Medical and sanitary report of the native army of Bengal for the year
Year: 1877
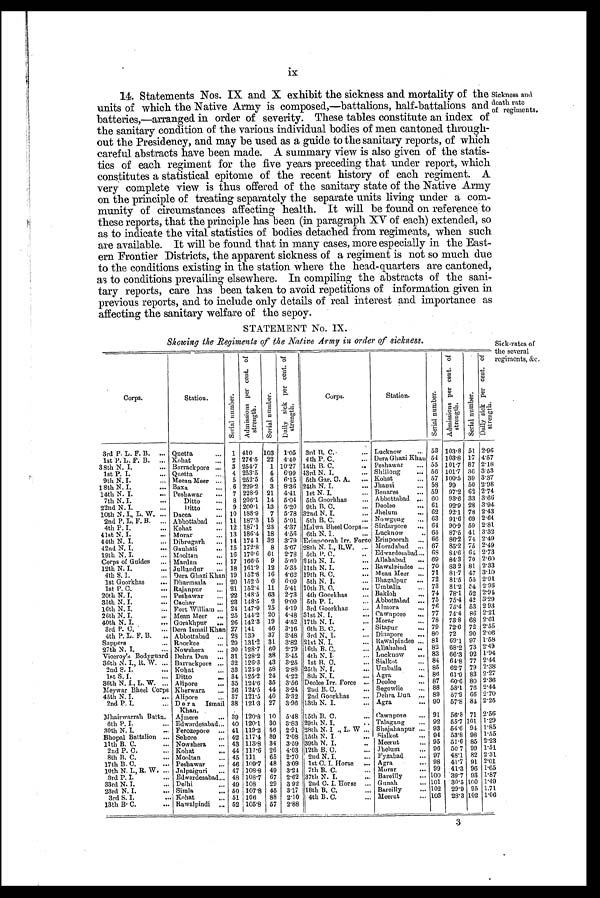
ix
14. Statements Nos. IX and X exhibit the sickness and mortality of the
units of which the Native Army is composed,—battalions, half-battalions and
batteries,—arranged in order of severity. These tables constitute an index of
the sanitary condition of the various individual bodies of men cantoned through-
out the Presidency, and may be used as a guide to the sanitary reports, of which
careful abstracts have been made. A summary view is also given of the statis
-tics of each regiment for the five years preceding that under report, which
constitutes a statistical epitome of the recent history of each regiment. A
very complete view is thus offered of the sanitary state of the Native Army
on the principle of treating separately the separate units living under a com
-munity of circumstances affecting health. It will be found on reference to
these reports, that the principle has been (in paragraph XV of each) extended, so
as to indicate the vital statistics of bodies detached from regiments, when such
are available. It will be found that in many cases, more especially in the East--
ern Frontier Districts, the apparent sickness of a regiment is not so much due
to the conditions existing in the station where the head-quarters are cantoned,
as to conditions prevailing elsewhere. In compiling the abstracts of the sani-
tary reports, care has been taken to avoid repetitions of information given in
previous reports, and to include only details of real interest and importance as
affecting the sanitary welfare of the sepoy.
sickness and
death rate
of regiments.
STATEMENT No.IX.
Showing the Regiments of the Native Army in order of sickness.
Corps.
Station.
S e r i a l n u m b e r .
A d m i s s i o n s p e r c e n t . o f s t r e n g t h .
S e r i a l n u mb e r .
D a i l y s i c k p e r c e n t o f s t r e n g t h .
Corps.
Station.
S e r i a l n u m b e r .
A d m i s s i o n s p e r c e n t o f s t r e n g t h .
S e r i a l n u m b e r .
D a i l y s i c k p e r c e n t e . o f
St r engt h.
3rd P. L. F. B.
Quetta
1 410 103 1.05 3rd B. C.
Lucknow
53 103 . 8 51 2.96
1st P. L. F. B.
Kobat
2 274.5 22 4.40 4th P. C.
Dera Ghazi Khan 54 103.8 17 4.57
38th N. I.
Barrackpore
3 254.7
1 10.27 14th B. C.
Peshawar
55 101.7 87 2.18
1st P. I.
Quetta
4 253.5 4 6.99 43rd N.T.
Shillong
56 101.7
8 0 3.53
9th N. I.
Meean Meer
5 252.5
5 6.15 5th Gar. C. A.
Kohat
57 100.5 39 3.37
18th N. I.
Baxa
6 299.2 3 8.36 24th N. I.
Jhausi
58 99
50 2.98
14th N. I.
Peshawar
7 228.9 21 4.41 1st N. I.
Benares
59 97.2 62 2.74
7th N. I.
Ditto
8 206.1 14 5.04 5th Goorkhas
Abbottabad
60 93.9 33 3.66
22nd N. I.
Ditto
9 200.1 13 5.20 9th B. C.
Deolee
61 92.9 28 3.94
10th N. I., L. W.
Dacca
10 188.9 7 5.78 32nd N. I.
Jhelum
62
92.1 78 2.43
2nd P. L. F. B.
Abbottabad
11 187.3 15 5.01 5th B.C.
No wgong
68 91.6 69 2.61
4th P. I.
Kohat
12 187.1 23 4.37 Malwa Bheel Corps
Sirdarpore
61 90.9 59 2.81
41st N. I.
Morar
13 186.1 18 4.56 8th N. I.
Lucknow
65 87.5 41 3.32
44th N. I.
Dibrugarh
14 174.1 32 3.79 Erinpoorali Irr. Force Erinpoorah
66 86.2 74 2.49
42nd N. I.
Gauhati
15 172.8 8 5.67 98th N. I., R.W,
Moradabad
67
8 6 . 2 75 2.49
19th N. I.
Mooltan
16 170.6 61. 2.78 5th P. C.
Edwardesabad
68 84.6 64 2.73
Corps of Guides
Mardan
17 166.5
9 5 . 00 34th N. I.
Allahabad
69 84. 3 70 2.60
12th N. I.
Jullundur
18 161.9 12 5.35 11th N. I.
Rawalpindee
70 83.2 81 2.33
4th S. I.
Dera Ghazi Khan 19 152.8 16
4 . 6 2 19th B. C.
Mean Meer
71 81.7 47 3.10
1st Goorkhas
Dharmsala
20 152.5
6 6.09 5th N. I.
Bhagalpur
72 81.5 55
2 . 9 1
1st P. C.
Rajanpur
21 152.4 11 5.41 10th B. C.
Umballa
73 81.2 54
2 . 9 3
20th N. I.
Peshawar
22 148.5 63 2.73 4th Goorkhas
Bakloh
74 78.1 52 2.94
35th N. I.
Cachar
23 148.5
2 9.09 5th P. I.
Abbottabad
7 5
75.4 42 3.29
16th N. I.
Fort William
24 147.9 25 4.19 3rd Goorkhas
Al mora
7 6 75.4 53 293
26th N. I.
Mean Meer
25 144.2 20 4.48 31st N. I.
Cawnporo
77 74.4 86 2.21
40th N. I
Gorakhpur
26 142.3 19 4.52 17th N. I.
Morar
78 73.8 68 2.61
3rd P.C.
Dera Ismail Khan 27 141
46 3.16 6th B.C.
Sitapur
79 72.6 72 2.55
4th P. L.F.B.
Abbottabad
28 139
37 3.48 3rd N.I.
Dinapore
80 72
90 2.06
Sappers
Roorkee
29 131.2 31 3.82 21st N. I.
Rawalpindee
81
69.1 97 1.58
27th N. I.
Nowshera
30 128.7 60 2.79 16th B.C.
Allahabad
82 68.2 73 2.49
Viceroy's Bodyguard Dehra Dun
31 128.2 38 3.45 4th N. I.
Lucknow
83 66.3 92 1.94
36th N. I.,R. W.
Barrackpore
32 126.3 43 3.25 1st B.C.
Sialkot
84 64.8 77 2.44
2nd S. I.
Kohat
33 125.9 58 2.88 25th N. I.
Umballa
85
62.7 79 2.38
1st S. I.
Ditto
34 125 .2 24 4.22 8th N. I.
Agra
86
6 1 . 9 83 2.27
36th N. I., L. W.
Alipore
35 124.6 35 3.56 Deolee Irr. Force
Deolee
87
60.6 80 2.36
Meywar Bheel Corps Kherwara
36 121.5 44 3.24 2nd B. C.
Segowlie
88 58.1 76 2.44
45th N. I.
Alipore
37 121.5 40 3. 32 2nd Goorkhas
Debra Dun
89
57.9 66 2.70
2nd P. I. D e r a Ismail
Khan.
38 121.3 27 3.96 13th N. I.
Agra
90 57.8 84
2 . 2 5
Mhairwarrah Battn. Ajmere
39 120 . 8 10 5.48
1 5 t h B . C
Cawnpore
91 56. 8 71 2.56
6th P. l.
Edwardesabad
40 120. 1 30 3 . 83 29th N. I.
Talagang
92 55.7 101 1.29
30th N. I.
Ferozepore
41 119.2 56 2 . 91 28th N. I ., L. W
Shajahanpur
93 54.6 94 1.85
Bhopal Battalion
Sehore
42 117.4 89 2 . 08 15th N. I.
Sialkot
94 53.8 98 1.55
11th B. C.
Nowshera
43 113 .8 34 3 .59 39th N. I.
Meerut
95 51.6 85 2.23
2nd P. C.
Kohat
44 111.6 26 4.03 12th B. C.
Jhelum
96 50.7 99 1.51
8th B. C.
Mooltan
45 111
65
2 . 7 0 2nd N. I.
Fyzabad
97 48.1 82 2.31
17th B. C.
Peshawar
46 109.7 48 3 .09 1st C. I. Horse
Agra
98 41.7 91 2.01
10th N. I., R. W.
Jalpaiguri
47 108.8 49 3.24 7th B. C.
Morar
99 41 .3 96
1 . 6 5
3rd P. I.
Edwardesabad
48 108.7 67
2 . 6 2 37th N. I.
Bareilly
100 39 . 7 93 1.87
33rd N. I.
Delhi
49 108
29 3 . 92 2nd C. I. Horse
Gunah
101 30 . 5 100 1.49
23rd N. I.
Simla
50 107 .8 45 3.17 18th B. C.
Bareilly
102 29 . 9 95 1.71
3rd S. I.
Kohat
51 106
88 2. 10 4th B. C.
Meerut
103 28.3 102 1.06
13th B.C.
Rawalpindi
52 105.8 57 2.88
Sick-rates of
the several
regiments, &c.
3